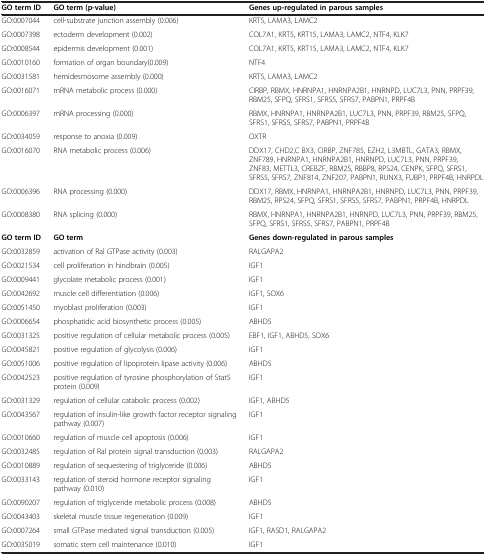
<table><thead><tr><td><b>GO term ID</b></td><td><b>GO term (p-value)</b></td><td><b>Genes up-regulated in parous samples</b></td></tr></thead><tbody><tr><td>GO:0007044</td><td>cell-substrate junction assembly (0.006)</td><td>KRT5, LAMA3, LAMC2</td></tr><tr><td>GO:0007398</td><td>ectoderm development (0.002)</td><td>COL7A1, KRT5, KRT15, LAMA3, LAMC2, NTF4, KLK7</td></tr><tr><td>GO:0008544</td><td>epidermis development (0.001)</td><td>COL7A1, KRT5, KRT15, LAMA3, LAMC2, NTF4, KLK7</td></tr><tr><td>GO:0010160</td><td>formation of organ boundary(0.009)</td><td>NTF4</td></tr><tr><td>GO:0031581</td><td>hemidesmosome assembly (0.000)</td><td>KRT5, LAMA3, LAMC2</td></tr><tr><td>GO:0016071</td><td>mRNA metabolic process (0.000)</td><td>CIRBP, RBMX, HNRNPA1, HNRNPA2B1, HNRNPD, LUC7L3, PNN, PRPF39, RBM25, SFPQ, SFRS1, SFRS5, SFRS7, PABPN1, PRPF4B</td></tr><tr><td>GO:0006397</td><td>mRNA processing (0.000)</td><td>RBMX, HNRNPA1, HNRNPA2B1, LUC7L3, PNN, PRPF39, RBM25, SFPQ, SFRS1, SFRS5, SFRS7, PABPN1, PRPF4B</td></tr><tr><td>GO:0034059</td><td>response to anoxia (0.009)</td><td>OXTR</td></tr><tr><td>GO:0016070</td><td>RNA metabolic process (0.006)</td><td>DDX17, CHD2,C BX3, CIRBP, ZNF785, EZH2, L3MBTL, GATA3, RBMX, ZNF789, HNRNPA1, HNRNPA2B1, HNRNPD, LUC7L3, PNN, PRPF39, ZNF83, METTL3, CREBZF, RBM25, RBBP8, RPS24, CENPK, SFPQ, SFRS1, SFRS5, SFRS7, ZNF814, ZNF207, PABPN1, RUNX3, FUBP1, PRPF4B, HNRPDL</td></tr><tr><td>GO:0006396</td><td>RNA processing (0.000)</td><td>DDX17, RBMX, HNRNPA1, HNRNPA2B1, HNRNPD, LUC7L3, PNN, PRPF39, RBM25, RPS24, SFPQ, SFRS1, SFRS5, SFRS7, PABPN1, PRPF4B, HNRPDL</td></tr><tr><td>GO:0008380</td><td>RNA splicing (0.000)</td><td>RBMX, HNRNPA1, HNRNPA2B1, HNRNPD, LUC7L3, PNN, PRPF39, RBM25, SFPQ, SFRS1, SFRS5, SFRS7, PABPN1, PRPF4B</td></tr><tr><td><b>GO term ID</b></td><td><b>GO term</b></td><td><b>Genes down-regulated in parous samples</b></td></tr><tr><td>GO:0032859</td><td>activation of Ral GTPase activity (0.003)</td><td>RALGAPA2</td></tr><tr><td>GO:0021534</td><td>cell proliferation in hindbrain (0.005)</td><td>IGF1</td></tr><tr><td>GO:0009441</td><td>glycolate metabolic process (0.001)</td><td>IGF1</td></tr><tr><td>GO:0042692</td><td>muscle cell differentiation (0.006)</td><td>IGF1, SOX6</td></tr><tr><td>GO:0051450</td><td>myoblast proliferation (0.003)</td><td>IGF1</td></tr><tr><td>GO:0006654</td><td>phosphatidic acid biosynthetic process (0.005)</td><td>ABHD5</td></tr><tr><td>GO:0031325</td><td>positive regulation of cellular metabolic process (0.005)</td><td>EBF1, IGF1, ABHD5, SOX6</td></tr><tr><td>GO:0045821</td><td>positive regulation of glycolysis (0.006)</td><td>IGF1</td></tr><tr><td>GO:0051006</td><td>positive regulation of lipoprotein lipase activity (0.006)</td><td>ABHD5</td></tr><tr><td>GO:0042523</td><td>positive regulation of tyrosine phosphorylation of Stat5 protein (0.009)</td><td>IGF1</td></tr><tr><td>GO:0031329</td><td>regulation of cellular catabolic process (0.002)</td><td>IGF1, ABHD5</td></tr><tr><td>GO:0043567</td><td>regulation of insulin-like growth factor receptor signaling pathway (0.007)</td><td>IGF1</td></tr><tr><td>GO:0010660</td><td>regulation of muscle cell apoptosis (0.006)</td><td>IGF1</td></tr><tr><td>GO:0032485</td><td>regulation of Ral protein signal transduction (0.003)</td><td>RALGAPA2</td></tr><tr><td>GO:0010889</td><td>regulation of sequestering of triglyceride (0.006)</td><td>ABHD5</td></tr><tr><td>GO:0033143</td><td>regulation of steroid hormone receptor signaling pathway (0.010)</td><td>IGF1</td></tr><tr><td>GO:0090207</td><td>regulation of triglyceride metabolic process (0.008)</td><td>ABHD5</td></tr><tr><td>GO:0043403</td><td>skeletal muscle tissue regeneration (0.009)</td><td>IGF1</td></tr><tr><td>GO:0007264</td><td>small GTPase mediated signal transduction (0.005)</td><td>IGF1, RASD1, RALGAPA2</td></tr><tr><td>GO:0035019</td><td>somatic stem cell maintenance (0.010)</td><td>IGF1</td></tr></tbody></table>